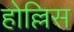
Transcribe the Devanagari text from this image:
होल्लिस